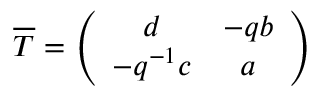
\overline { { { T } } } = \left( \begin{array} { c c } { { d } } & { { - q b } } \\ { { - q ^ { - 1 } c } } & { { a } } \end{array} \right)